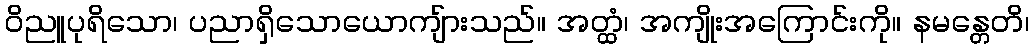
ဝိညူပုရိသော၊ ပညာရှိသောယောကျ်ားသည်။ အတ္ထံ၊ အကျိုးအကြောင်းကို။ နမန္တေတိ၊